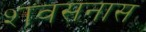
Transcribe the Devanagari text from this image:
शवसनास